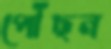
পৌঁছন